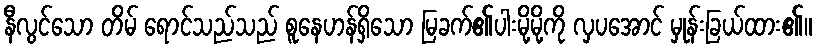
နီလွင်သော တိမ် ရောင်သည်သည် စူနေဟန်ရှိသော မြခက်၏ပါးမို့မို့ကို လှပအောင် မှုန်းခြယ်ထား၏။